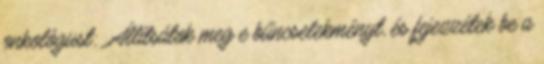
onkológust: ,,Állítsátok meg e bűncselekményt, és fejezzétek be a